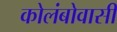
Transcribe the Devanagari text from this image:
कोलंबोवासी